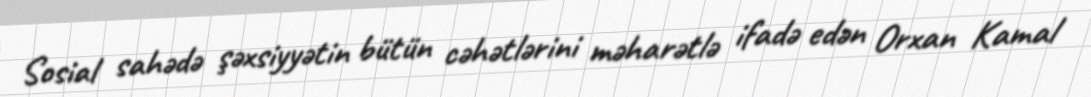
Sosial sahədə şəxsiyyətin bütün cəhətlərini məharətlə ifadə edən Orxan Kamal